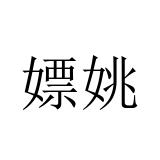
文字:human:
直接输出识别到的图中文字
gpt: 嫖姚